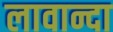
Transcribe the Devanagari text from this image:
लावान्दा